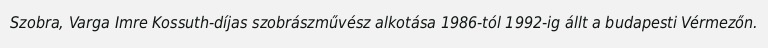
Szobra, Varga Imre Kossuth-díjas szobrászművész alkotása 1986-tól 1992-ig állt a budapesti Vérmezőn.